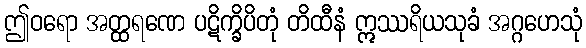
ဤဝရော အတ္ထရဏေ ပဋိက္ခိပိတုံ တိထီနံ ဣဿရိယသုခံ အဂ္ဂဟေသုံ